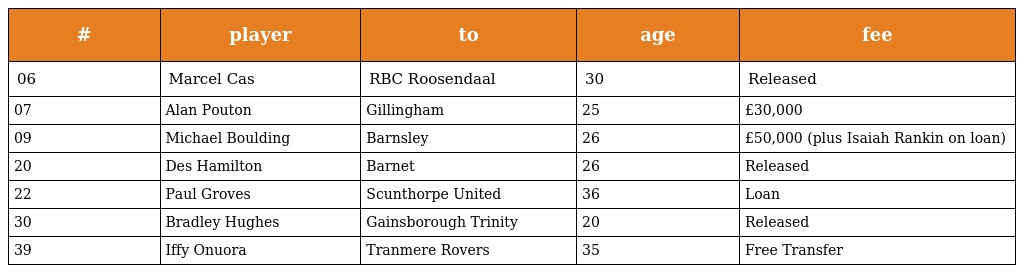
| # | player | to | age | fee |
 | --- | --- | --- | --- | --- |
 | 06 | Marcel Cas | RBC Roosendaal | 30 | Released |
 | 07 | Alan Pouton | Gillingham | 25 | £30,000 |
 | 09 | Michael Boulding | Barnsley | 26 | £50,000 (plus Isaiah Rankin on loan) |
 | 20 | Des Hamilton | Barnet | 26 | Released |
 | 22 | Paul Groves | Scunthorpe United | 36 | Loan |
 | 30 | Bradley Hughes | Gainsborough Trinity | 20 | Released |
 | 39 | Iffy Onuora | Tranmere Rovers | 35 | Free Transfer |